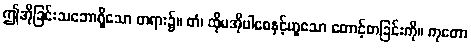
ဤအိုခြင်းသဘောရှိသော တရား၌။ တံ၊ ထိုမအိုပါစေနှင့်ဟူသော တောင့်တခြင်းကို။ ကုတော